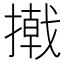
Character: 撠